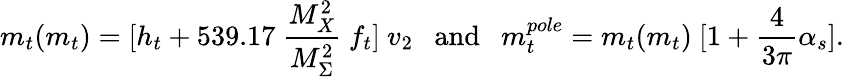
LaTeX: m_{t}({m_{t}})=[h_{t}+539.17~{\frac{M_{X}^{2}}{M_{\Sigma}^{2}}}~f_{t}]~v_{2}~~~\mathrm{and}~~~m_{t}^{pole}=m_{t}(m_{t})~[1+{\frac{4}{3\pi}}\alpha_{s}].